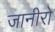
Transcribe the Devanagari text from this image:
जानीरो